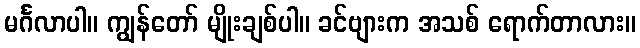
မင်္ဂလာပါ။ ကျွန်တော် မျိုးချစ်ပါ။ ခင်ဗျားက အသစ် ရောက်တာလား။